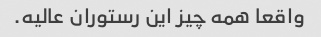
واقعا همه چیز این رستوران عالیه.